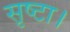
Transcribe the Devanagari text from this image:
सृष्टा।